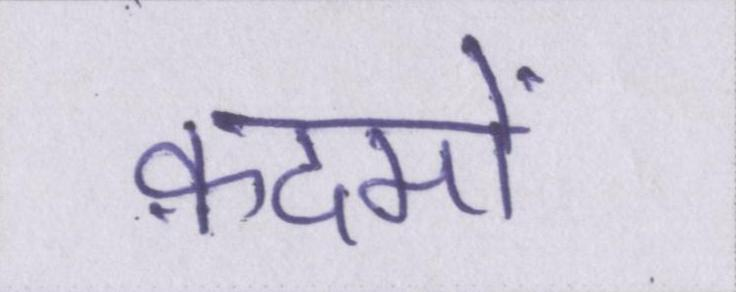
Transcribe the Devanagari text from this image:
क़दमों